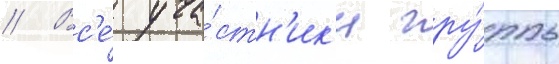
// Вс'е́ уча́стн'ик'и гру́ппы